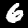
Digit: 6